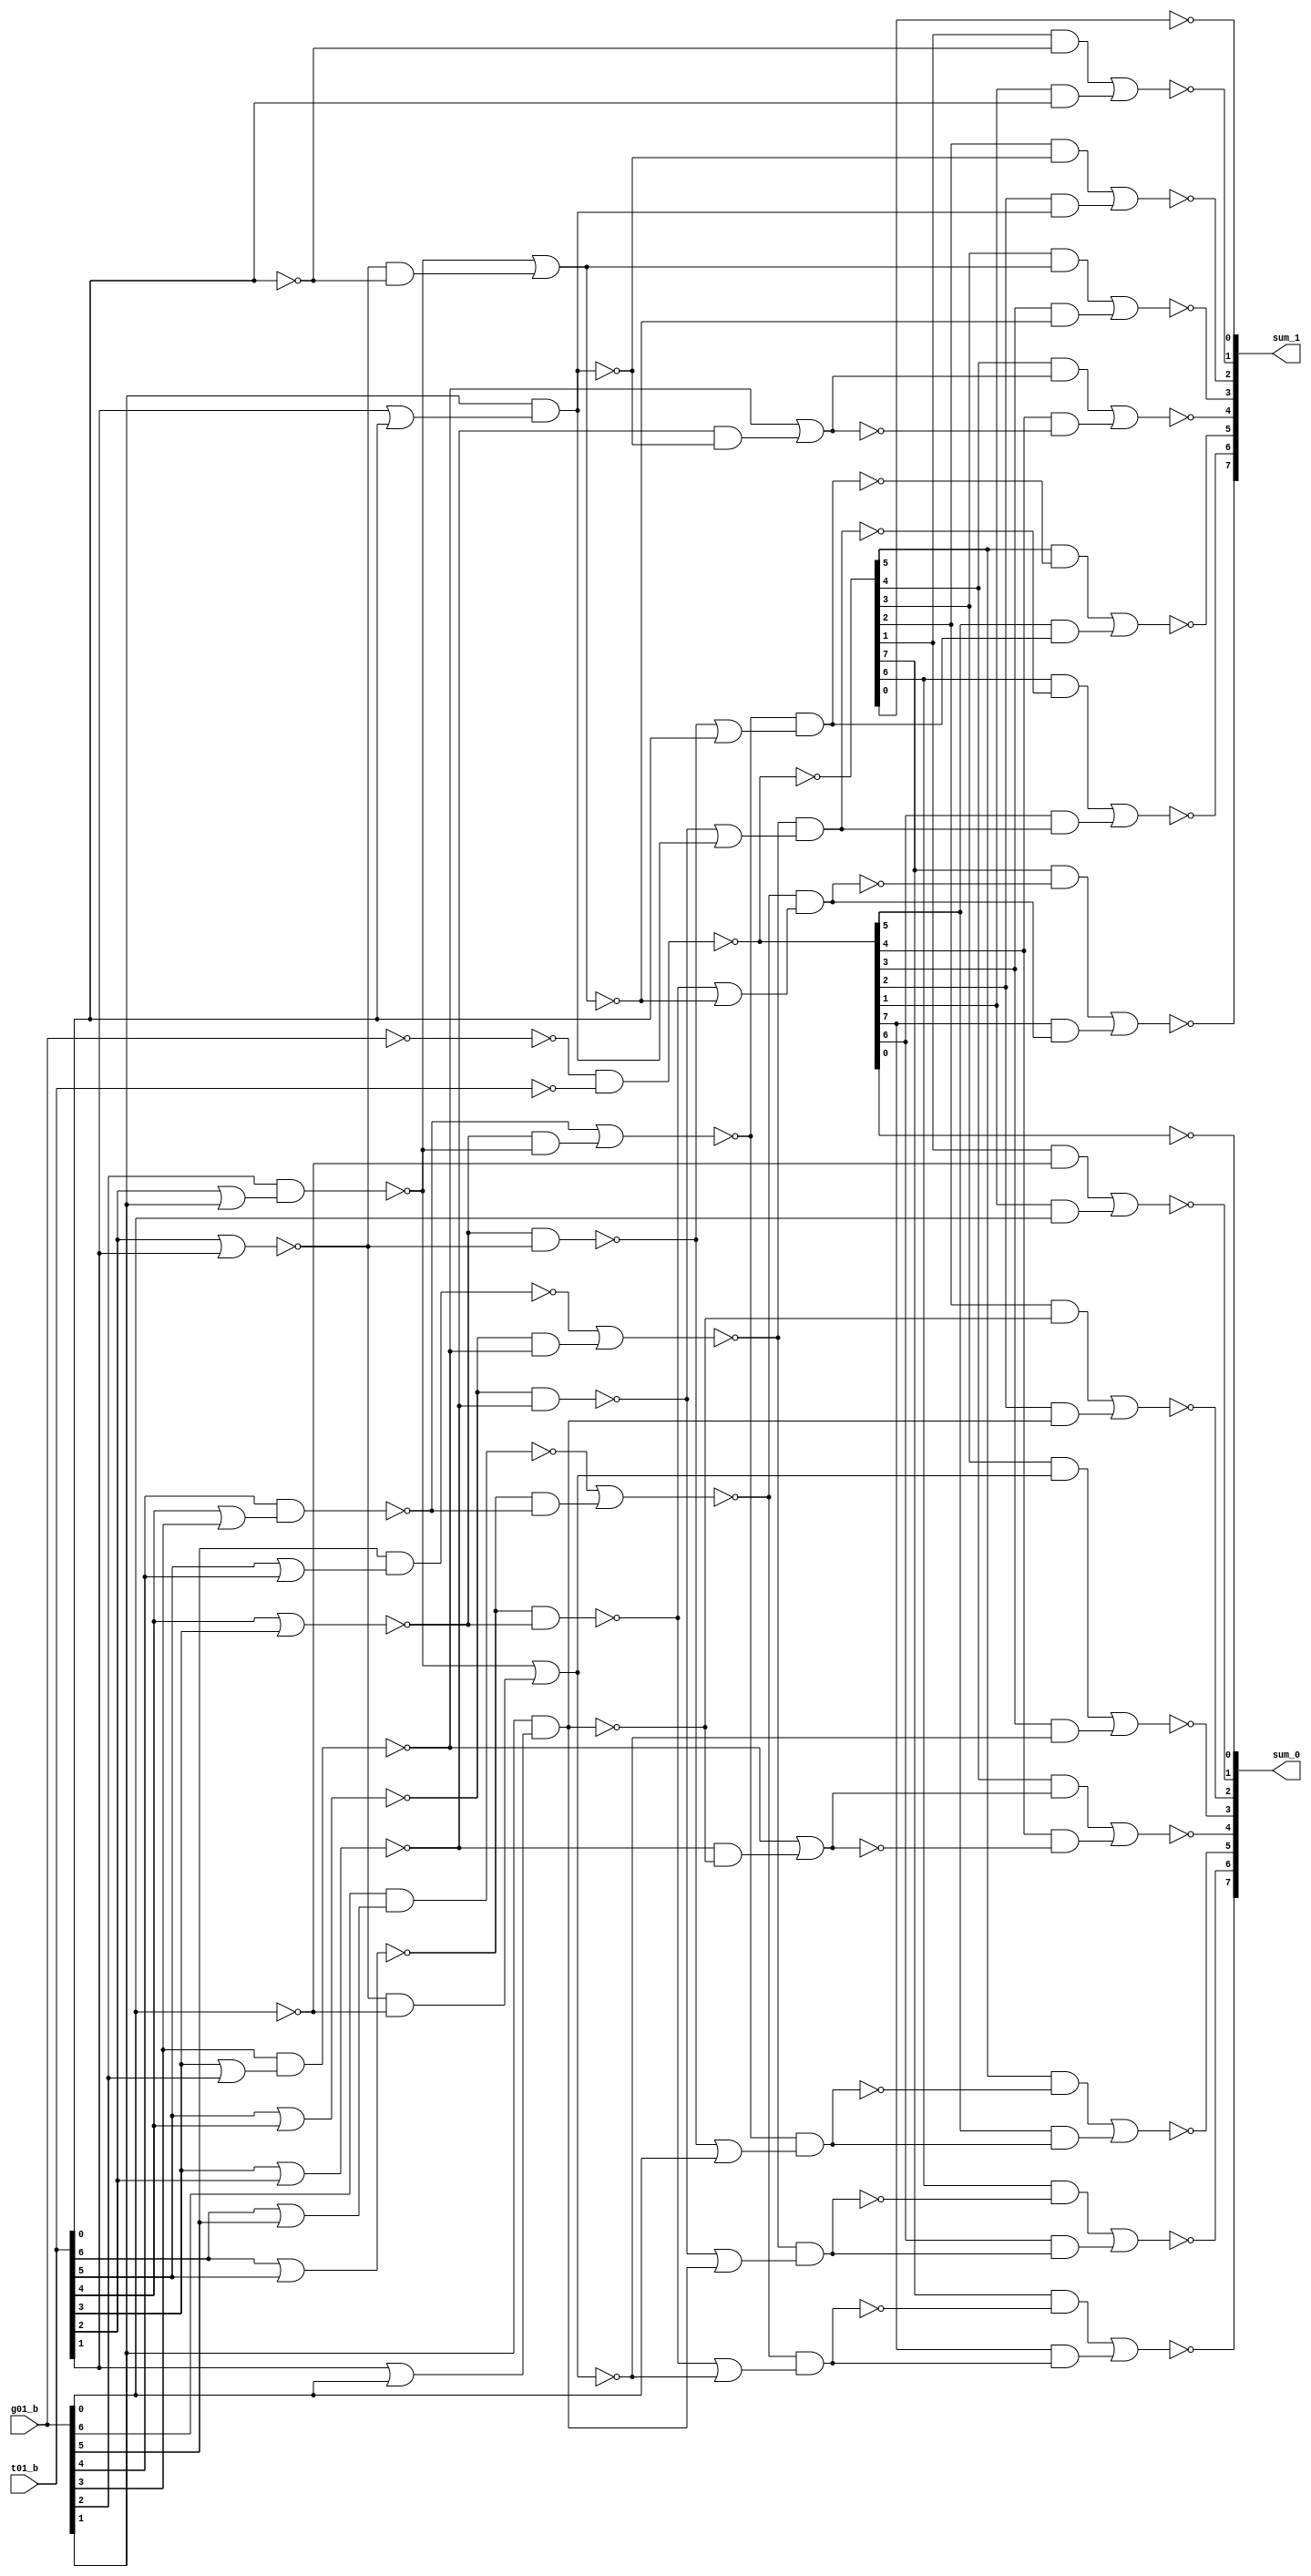
//  IBM Corp. 2020
// Licensed under the Apache License, Version 2.0 (the "License"), as modified by
// the terms below; you may not use the files in this repository except in
// compliance with the License as modified.
// You may obtain a copy of the License at http://www.apache.org/licenses/LICENSE-2.0
//
// Modified Terms:
//
//    1) For the purpose of the patent license granted to you in Section 3 of the
//    License, the "Work" hereby includes implementations of the work of authorship
//    in physical form.
//
//    2) Notwithstanding any terms to the contrary in the License, any licenses
//    necessary for implementation of the Work that are available from OpenPOWER
//    via the Power ISA End User License Agreement (EULA) are explicitly excluded
//    hereunder, and may be obtained from OpenPOWER under the terms and conditions
//    of the EULA.  
//
// Unless required by applicable law or agreed to in writing, the reference design
// distributed under the License is distributed on an "AS IS" BASIS, WITHOUT
// WARRANTIES OR CONDITIONS OF ANY KIND, either express or implied. See the License
// for the specific language governing permissions and limitations under the License.
// 
// Additional rights, including the ability to physically implement a softcore that
// is compliant with the required sections of the Power ISA Specification, are
// available at no cost under the terms of the OpenPOWER Power ISA EULA, which can be
// obtained (along with the Power ISA) here: https://openpowerfoundation.org. 

//  Description:  Adder Component
//
//*****************************************************************************

// input phase is importent
// (change X (B) by switching xor/xnor )

module tri_st_add_loc(
   g01_b,
   t01_b,
   sum_0,
   sum_1
);
   input [0:7]  g01_b;		// after xor
   input [0:7]  t01_b;
   output [0:7] sum_0;
   output [0:7] sum_1;

   wire [0:7]   g01_t;
   wire [0:7]   g01_not;
   wire [0:7]   z01_b;
   wire [0:7]   p01;
   wire [0:7]   p01_b;
   wire [0:7]   g02;
   wire [0:7]   t02;
   wire [0:7]   g04_b;
   wire [0:7]   t04_b;
   wire [0:7]   g08;
   wire [0:7]   t08;
   (* ANALYSIS_NOT_REFERENCED="<0>TRUE" *)
   wire [0:7]   g08_b;
   (* ANALYSIS_NOT_REFERENCED="<0>TRUE" *)
   wire [0:7]   t08_b;

   //####################################################################
   //# funny way to make xor
   //####################################################################

   assign g01_t[0:7] = (~g01_b[0:7]);		//small (buffer off)
   assign g01_not[0:7] = (~g01_t[0:7]);		//small (buffer off)
   assign z01_b[0:7] = (~t01_b[0:7]);
   assign p01_b[0:7] = (~(g01_not[0:7] & z01_b[0:7]));
   assign p01[0:7] = (~(p01_b[0:7]));

   //####################################################################
   //# conditional sums  // may need to make NON-xor implementation
   //####################################################################

   //xx u_sum_0: sum_0(0 to 7) <= not( p01_b(0 to 7) xor g08(0 to 7) ); --output--
   //xx u_sum_1: sum_1(0 to 7) <= not( p01_b(0 to 7) xor t08(0 to 7) ); --output--

   assign g08_b[0] = (~g08[0]);
   assign g08_b[1] = (~g08[1]);
   assign g08_b[2] = (~g08[2]);
   assign g08_b[3] = (~g08[3]);
   assign g08_b[4] = (~g08[4]);
   assign g08_b[5] = (~g08[5]);
   assign g08_b[6] = (~g08[6]);
   assign g08_b[7] = (~g08[7]);

   assign t08_b[0] = (~t08[0]);
   assign t08_b[1] = (~t08[1]);
   assign t08_b[2] = (~t08[2]);
   assign t08_b[3] = (~t08[3]);
   assign t08_b[4] = (~t08[4]);
   assign t08_b[5] = (~t08[5]);
   assign t08_b[6] = (~t08[6]);
   assign t08_b[7] = (~t08[7]);

   assign sum_0[0] = (~((p01[0] & g08[1]) | (p01_b[0] & g08_b[1])));		//output--
   assign sum_0[1] = (~((p01[1] & g08[2]) | (p01_b[1] & g08_b[2])));		//output--
   assign sum_0[2] = (~((p01[2] & g08[3]) | (p01_b[2] & g08_b[3])));		//output--
   assign sum_0[3] = (~((p01[3] & g08[4]) | (p01_b[3] & g08_b[4])));		//output--
   assign sum_0[4] = (~((p01[4] & g08[5]) | (p01_b[4] & g08_b[5])));		//output--
   assign sum_0[5] = (~((p01[5] & g08[6]) | (p01_b[5] & g08_b[6])));		//output--
   assign sum_0[6] = (~((p01[6] & g08[7]) | (p01_b[6] & g08_b[7])));		//output--
   assign sum_0[7] = (~(p01_b[7]));		//output--

   assign sum_1[0] = (~((p01[0] & t08[1]) | (p01_b[0] & t08_b[1])));		//output--
   assign sum_1[1] = (~((p01[1] & t08[2]) | (p01_b[1] & t08_b[2])));		//output--
   assign sum_1[2] = (~((p01[2] & t08[3]) | (p01_b[2] & t08_b[3])));		//output--
   assign sum_1[3] = (~((p01[3] & t08[4]) | (p01_b[3] & t08_b[4])));		//output--
   assign sum_1[4] = (~((p01[4] & t08[5]) | (p01_b[4] & t08_b[5])));		//output--
   assign sum_1[5] = (~((p01[5] & t08[6]) | (p01_b[5] & t08_b[6])));		//output--
   assign sum_1[6] = (~((p01[6] & t08[7]) | (p01_b[6] & t08_b[7])));		//output--
   assign sum_1[7] = (~(p01[7]));		//output--

   //####################################################################
   //# local carry
   //####################################################################

   assign g02[0] = (~(g01_b[0] & (t01_b[0] | g01_b[1])));
   assign g02[1] = (~(g01_b[1] & (t01_b[1] | g01_b[2])));
   assign g02[2] = (~(g01_b[2] & (t01_b[2] | g01_b[3])));
   assign g02[3] = (~(g01_b[3] & (t01_b[3] | g01_b[4])));
   assign g02[4] = (~(g01_b[4] & (t01_b[4] | g01_b[5])));
   assign g02[5] = (~(g01_b[5] & (t01_b[5] | g01_b[6])));
   assign g02[6] = (~(g01_b[6] & (t01_b[6] | g01_b[7])));		//final--
   assign g02[7] = (~(g01_b[7]));

   assign t02[0] = (~(t01_b[0] | t01_b[1]));
   assign t02[1] = (~(t01_b[1] | t01_b[2]));
   assign t02[2] = (~(t01_b[2] | t01_b[3]));
   assign t02[3] = (~(t01_b[3] | t01_b[4]));
   assign t02[4] = (~(t01_b[4] | t01_b[5]));
   assign t02[5] = (~(t01_b[5] | t01_b[6]));
   assign t02[6] = (~(g01_b[6] & (t01_b[6] | t01_b[7])));		//final--
   assign t02[7] = (~(t01_b[7]));

   assign g04_b[0] = (~(g02[0] | (t02[0] & g02[2])));
   assign g04_b[1] = (~(g02[1] | (t02[1] & g02[3])));
   assign g04_b[2] = (~(g02[2] | (t02[2] & g02[4])));
   assign g04_b[3] = (~(g02[3] | (t02[3] & g02[5])));
   assign g04_b[4] = (~(g02[4] | (t02[4] & g02[6])));		//final--
   assign g04_b[5] = (~(g02[5] | (t02[5] & g02[7])));		//final--
   assign g04_b[6] = (~(g02[6]));
   assign g04_b[7] = (~(g02[7]));

   assign t04_b[0] = (~(t02[0] & t02[2]));
   assign t04_b[1] = (~(t02[1] & t02[3]));
   assign t04_b[2] = (~(t02[2] & t02[4]));
   assign t04_b[3] = (~(t02[3] & t02[5]));
   assign t04_b[4] = (~(g02[4] | (t02[4] & t02[6])));		//final--
   assign t04_b[5] = (~(g02[5] | (t02[5] & t02[7])));		//final--
   assign t04_b[6] = (~(t02[6]));
   assign t04_b[7] = (~(t02[7]));

   assign g08[0] = (~(g04_b[0] & (t04_b[0] | g04_b[4])));		//final--
   assign g08[1] = (~(g04_b[1] & (t04_b[1] | g04_b[5])));		//final--
   assign g08[2] = (~(g04_b[2] & (t04_b[2] | g04_b[6])));		//final--
   assign g08[3] = (~(g04_b[3] & (t04_b[3] | g04_b[7])));		//final--
   assign g08[4] = (~(g04_b[4]));
   assign g08[5] = (~(g04_b[5]));
   assign g08[6] = (~(g04_b[6]));
   assign g08[7] = (~(g04_b[7]));

   assign t08[0] = (~(g04_b[0] & (t04_b[0] | t04_b[4])));		//final--
   assign t08[1] = (~(g04_b[1] & (t04_b[1] | t04_b[5])));		//final--
   assign t08[2] = (~(g04_b[2] & (t04_b[2] | t04_b[6])));		//final--
   assign t08[3] = (~(g04_b[3] & (t04_b[3] | t04_b[7])));		//final--
   assign t08[4] = (~(t04_b[4]));
   assign t08[5] = (~(t04_b[5]));
   assign t08[6] = (~(t04_b[6]));
   assign t08[7] = (~(t04_b[7]));

endmodule